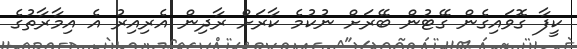
ކީފާ ގޮވައިގެން ގޭޓުން ބޭރަށް ނުކުމެ ކާރަށް ރާދިން އެރިއިރު އެ އިމާރާތުގެ